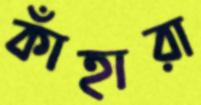
কাঁহারা